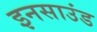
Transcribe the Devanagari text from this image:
इनसाउंड